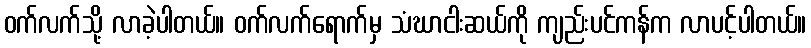
ဝက်လက်သို့ လာခဲ့ပါတယ်။ ဝက်လက်ရောက်မှ သံဃာငါးဆယ်ကို ကျည်းပင်ကန်က လာပင့်ပါတယ်။